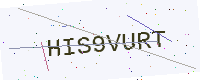
Text: HIS9VURT